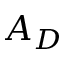
A _ { D }